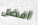
أفضل